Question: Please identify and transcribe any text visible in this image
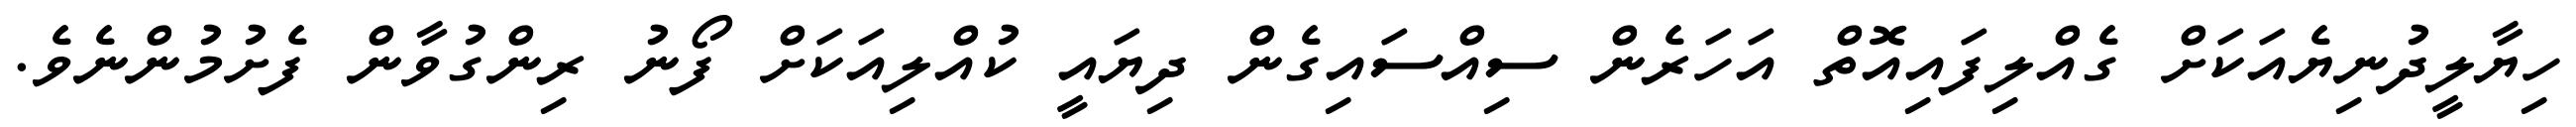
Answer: ހިޔާލީދުނިޔެއަކަށް ގެއްލިފައިއޮތް އަހަރެން ސިއްސައިގެން ދިޔައީ ކުއްލިއަކަށް ފޯނު ރިންގުވާން ފެށުމުންނެވެ.